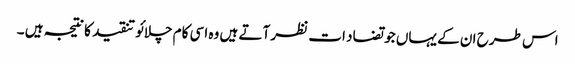
اس طرح ان کے یہاں جو تضاد ات نظر آتے ہیں وہ اسی کام چلائو تنقید کا نتیجہ ہیں ۔